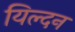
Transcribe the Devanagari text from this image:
यिल्दन